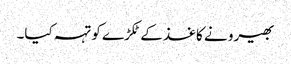
بھیرو نے کاغذ کے ٹکڑے کو تہہ کیا۔